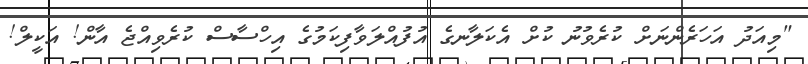
"މިއަދު އަހަރެންނަށް ކުރެވުނު ކުށް އެކަލާނގެ އުފުއްލަވާފިކަމުގެ އިހްސާސް ކުރެވިއްޖެ އާން! އަކީލް!